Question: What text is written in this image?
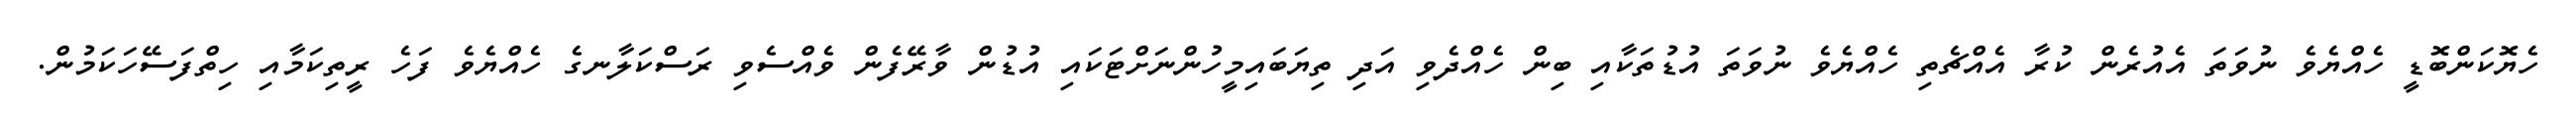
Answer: ހެޔޮކަންބޮޑީ ހެއްޔެވެ ނުވަތަ އެއުރެން ކުރާ އެއްޗެތި ހެއްޔެވެ ނުވަތަ އުޑުތަކާއި ބިން ހެއްދެވި އަދި ތިޔަބައިމީހުންނަށްޓަކައި އުޑުން ވާރޭފެން ވެއްސެވި ރަސްކަލާނގެ ހެއްޔެވެ ފަހެ ރީތިކަމާއި ހިތްފަސޭހަކަމުން.